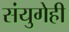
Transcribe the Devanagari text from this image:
संयुगेही